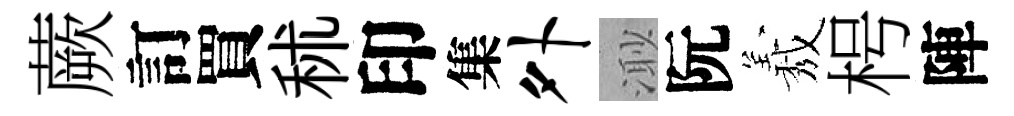
蕨訂買秫印集外𣺌阮𦏁枵陣